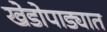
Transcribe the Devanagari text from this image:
खेडोपाड्यात